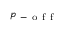
_ { p _ { \mathrm { ~ - ~ o ~ f ~ f ~ } } }